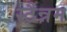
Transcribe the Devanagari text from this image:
स्टैन्नम